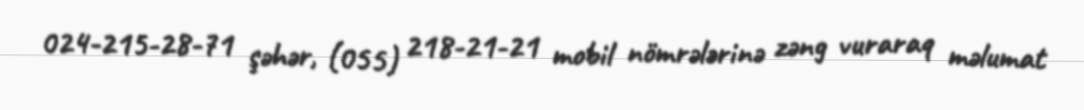
024-215-28-71 şəhər, (055) 218-21-21 mobil nömrələrinə zəng vuraraq məlumat